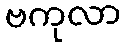
ဗကုလာ